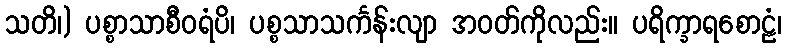
သတိ၊) ပစ္စာသာစီဝရံပိ၊ ပစ္စသာသင်္ကန်းလျာ အဝတ်ကိုလည်း။ ပရိက္ခာရစောဠံ၊